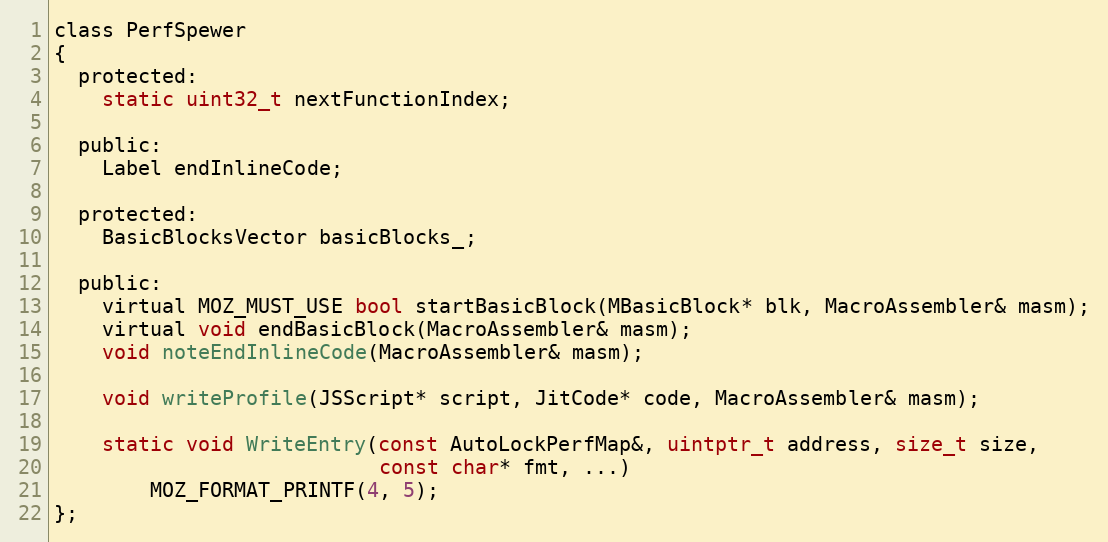
Language: C
class PerfSpewer
{
  protected:
    static uint32_t nextFunctionIndex;

  public:
    Label endInlineCode;

  protected:
    BasicBlocksVector basicBlocks_;

  public:
    virtual MOZ_MUST_USE bool startBasicBlock(MBasicBlock* blk, MacroAssembler& masm);
    virtual void endBasicBlock(MacroAssembler& masm);
    void noteEndInlineCode(MacroAssembler& masm);

    void writeProfile(JSScript* script, JitCode* code, MacroAssembler& masm);

    static void WriteEntry(const AutoLockPerfMap&, uintptr_t address, size_t size,
                           const char* fmt, ...)
        MOZ_FORMAT_PRINTF(4, 5);
};